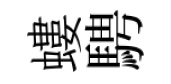
螻騁